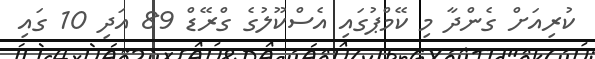
ކުރިއަށް ގެންދާ މި ކޭމްޕުގައި އެސްކޫލުގެ ގްރޭޑް 89 އަދި 10 ގައި